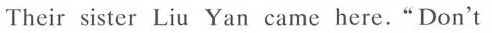
Their sister Liu Yan came here."Don't